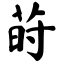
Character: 莳